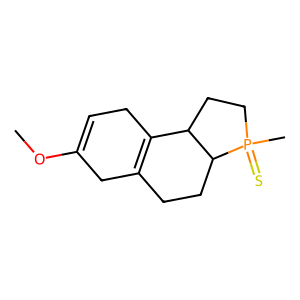
SMILES: COC1=CCC2=C(CCC3C2CCP3(C)=S)C1
Inhibits HIV replication: No